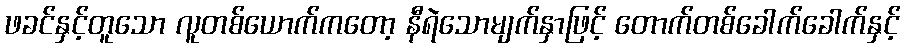
ဖခင်နှင့်တူသော လူတစ်ယောက်ကတော့ နီရဲသောမျက်နှာဖြင့် တောက်တစ်ခေါက်ခေါက်နှင့်